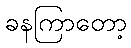
ခနကြာတော့